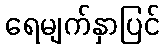
ရေမျက်နှာပြင်